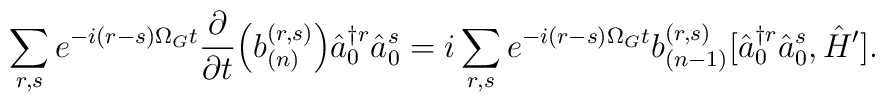
\sum_{r,s} e^{-i (r-s) \Omega_G t} \frac{\partial}{\partial t} \Bigl(b_{(n)}^{(r, s)} \Bigr) \hat{a}^{\dagger r}_0 \hat{a}^s_0= i \sum_{r,s} e^{-i (r-s) \Omega_G t} b_{(n-1)}^{(r, s)} [\hat{a}^{\dagger r}_0 \hat{a}^s_0, \hat{H}'].